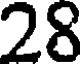
28